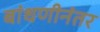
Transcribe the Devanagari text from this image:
बांधणीनंतर